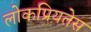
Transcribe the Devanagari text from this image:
लोकप्रियतेस